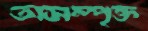
অসম্পৃক্ত